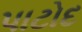
પાટોદ